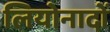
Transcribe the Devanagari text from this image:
लियोनादों